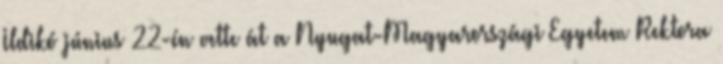
Ildikó június 22-én vette át a Nyugat-Magyarországi Egyetem Rektora